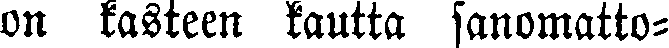
on kasteen kautta sanomatto-